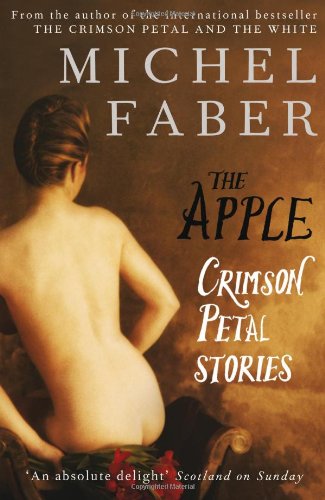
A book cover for The Apple: Crimson Petal Stories; Michel Faber; Literature & Fiction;